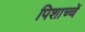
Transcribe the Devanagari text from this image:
पिशाच्चें